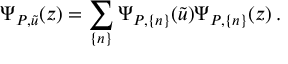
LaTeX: \Psi _ { P , \tilde { u } } ( z ) = \sum _ { \{ n \} } \Psi _ { P , \{ n \} } ( \tilde { u } ) \Psi _ { P , \{ n \} } ( z ) \: .